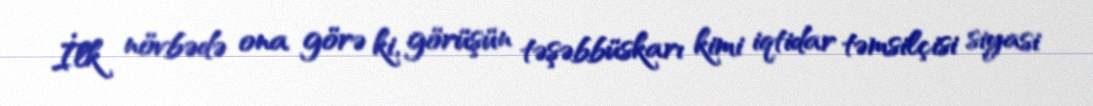
İlk növbədə ona görə ki, görüşün təşəbbüskarı kimi iqtidar təmsilçisi siyasi